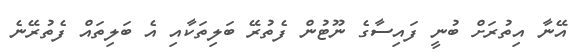
އޭނާ އިތުރަށް ބުނީ ފައިސާގެ ނޫޓުން ފެތުރޭ ބަލިތަކާއި އެ ބަލިތައް ފެތުރޭނެ